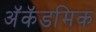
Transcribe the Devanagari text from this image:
अॅकॅडमिक